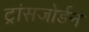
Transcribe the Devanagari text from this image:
ट्रांसजोर्डन